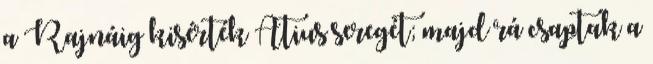
a Rajnáig kisérték Atius seregét; majd rá csaptak a